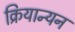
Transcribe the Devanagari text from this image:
क्रियान्यन